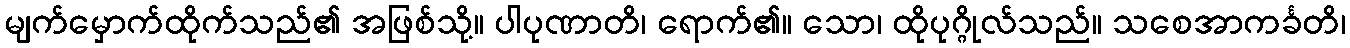
မျက်မှောက်ထိုက်သည်၏ အဖြစ်သို့။ ပါပုဏာတိ၊ ရောက်၏။ သော၊ ထိုပုဂ္ဂိုလ်သည်။ သစေအာကင်္ခတိ၊